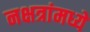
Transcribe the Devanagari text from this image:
नक्षत्रांमध्ये